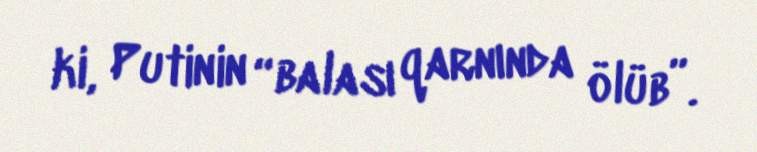
ki, Putinin “balası qarnında ölüb”.